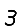
Digit: 3